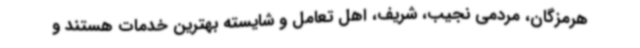
هرمزگان، مردمی نجیب، شریف، اهل تعامل و شایسته بهترین خدمات هستند و